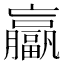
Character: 𫢄